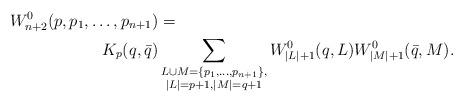
LaTeX: \begin{align*} W_{n+2}^0(p,p_1,\dots,p_{n+1})&=\\ K_p(q,\bar{q})&\sum_{\substack{L\cup M=\{p_1,\dots,p_{n+1}\},\\|L|=p+1,|M|=q+1}} W^0_{|L|+1}(q,L)W^{0}_{|M|+1}(\bar{q},M). \end{align*}